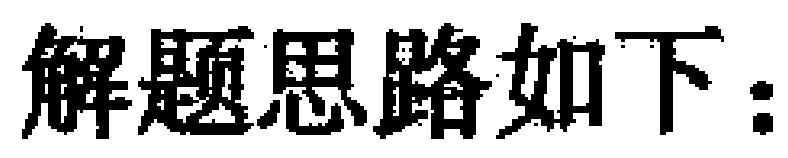
解题思路如下：